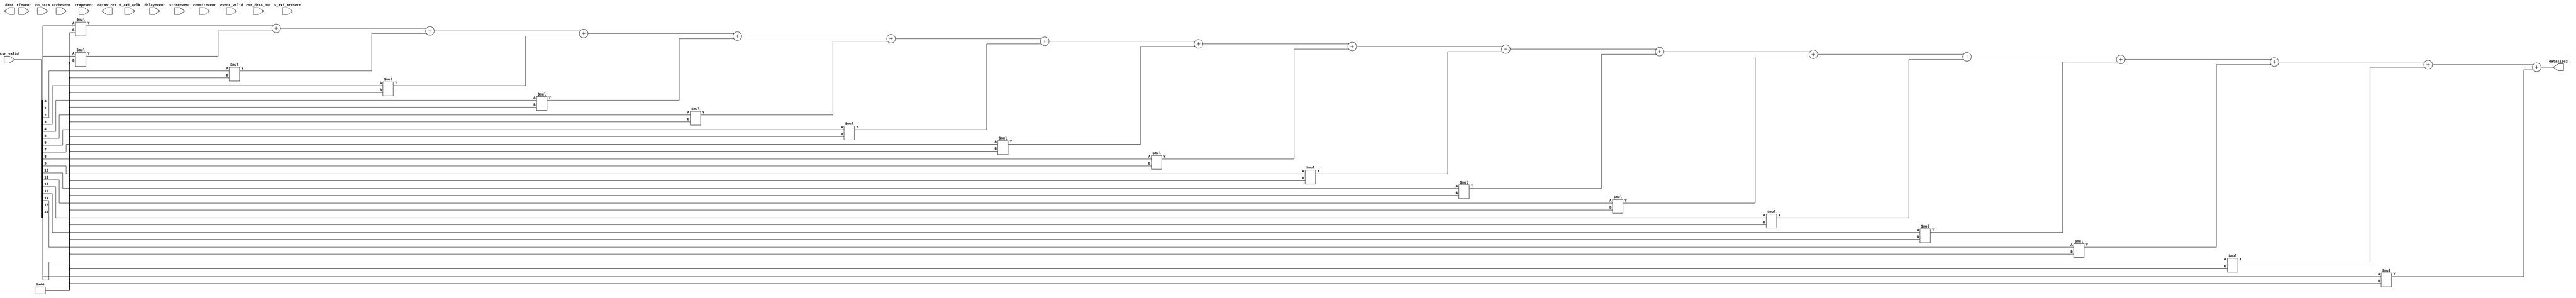
`timescale 1ns / 1ps
//////////////////////////////////////////////////////////////////////////////////
// Company: 
// Engineer: 
// 
// Design Name: 
// Module Name: Data_Pack
// Project Name: 
// Target Devices: 
// Tool Versions: 
// Description: 
// 
// Dependencies: 
// 
// Revision:
// Revision 0.01 - File Created
// Additional Comments:
// 
//////////////////////////////////////////////////////////////////////////////////


module Data_Pack(      
 input   [0:0]     s_axi_aclk,                        
  input   [0:0]     s_axi_aresetn,
  input [127:0] commitevent,
  input  [127:0] archevent,
  input  [63:0] delayevent,
  input  [63:0] rfevent,
  input [127:0] storeevent,
  input [191:0] trapevent,
  input  [1087:0] csr_data_out,
  input  [6:0]  event_valid,
  input [16:0] csr_valid,
  input [39:0] co_data,
  
  output [9:0]datasize1,
  output [10:0]datasize2,
  output [1855:0]data
    );
    //commit,arch,delay,rf,store,trap 
    //wire  datasize1;
    assign datasize=event_valid[0]*128+event_valid[1]*128+event_valid[2]*64+event_valid[3]*64+event_valid[4]*128+event_valid[5]*191;
    //wire  datasize2;
    assign datasize2=csr_valid[0]*64+csr_valid[1]*64+csr_valid[2]*64+csr_valid[3]*64+csr_valid[4]*64+csr_valid[5]*64+csr_valid[6]*64+csr_valid[7]*64+csr_valid[8]*64+csr_valid[9]*64+csr_valid[10]*64+csr_valid[11]*64+csr_valid[12]*64+csr_valid[13]*64+csr_valid[14]*64+csr_valid[15]*64+csr_valid[16]*64;
    
    
endmodule